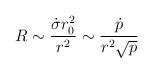
LaTeX: \begin{align*}R \sim {{\dot{\sigma} r_0^2 } \over {r^2}} \sim {{\dot p} \over{r^2 {\sqrt p}}}\end{align*}